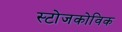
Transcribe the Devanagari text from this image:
स्टोजकोविक